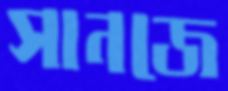
সানজে